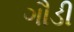
ગૌડી